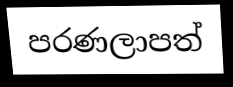
පරණලාපත්